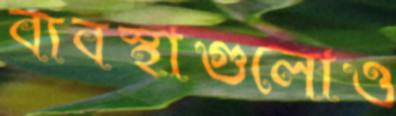
ব্যবস্থাগুলোও